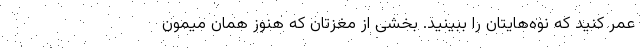
عمر کنید که نوه‌هایتان را ببینید. بخشی از مغزتان که هنوز همان میمون